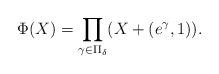
LaTeX: \begin{align*}\Phi(X)=\prod_{\gamma\in\Pi_{\delta}}(X+(e^{\gamma},1)).\end{align*}